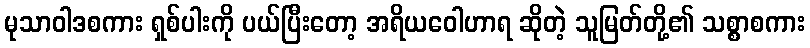
မုသာဝါဒစကား ရှစ်ပါးကို ပယ်ပြီးတော့ အရိယဝေါဟာရ ဆိုတဲ့ သူမြတ်တို့၏ သစ္စာစကား